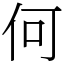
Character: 何